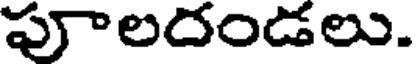
పాలదండలు.